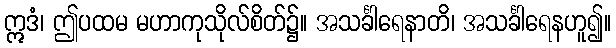
ဣဒံ၊ ဤပထမ မဟာကုသိုလ်စိတ်၌။ အသင်္ခါရေနာတိ၊ အသင်္ခါရေနဟူ၍။